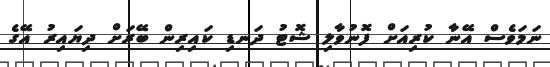
ނަމަވެސް އޭނާ ކުރިއަށް ފޮނުވާލި ޝޮޓު ދަނޑި ކައިރިން ބޭރަށް ދިޔައިރު އޭގެ